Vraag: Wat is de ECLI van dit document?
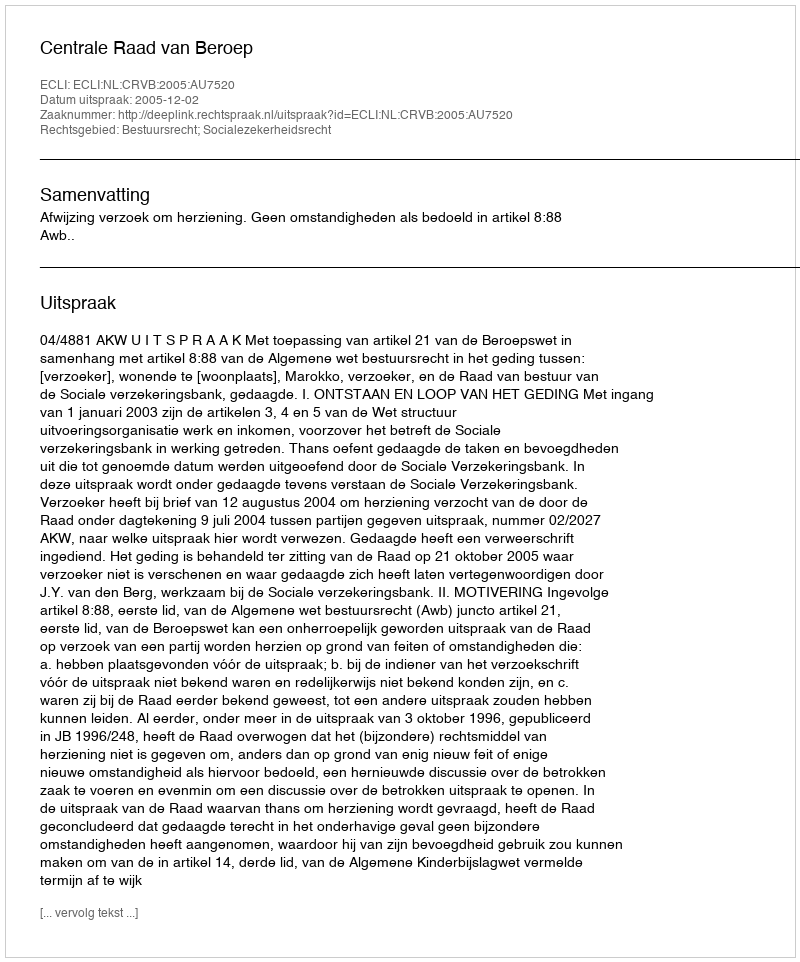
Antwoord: ECLI:NL:CRVB:2005:AU7520